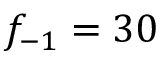
f _ { - 1 } = 3 0